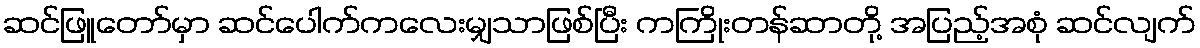
ဆင်ဖြူတော်မှာ ဆင်ပေါက်ကလေးမျှသာဖြစ်ပြီး ကကြိုးတန်ဆာတို့ အပြည့်အစုံ ဆင်လျက်